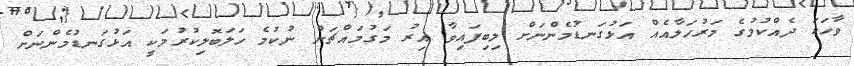
ވާހަކަ ދެއްކުމުގެ މަރުހަލާއެއް އަޅުގަނޑުމެންނަށް ލިބިފައިވާ އިރު މަގުމައްޗަށް ނުކުމެ ހަލަބޮލިކުރުމަކީ އަޅުގަނޑުމެންނަށް